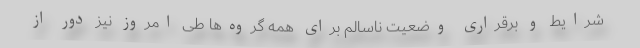
شرایط و برقراری وضعیت ناسالم برای همه گروه‌ها طی امروز نیز دور از